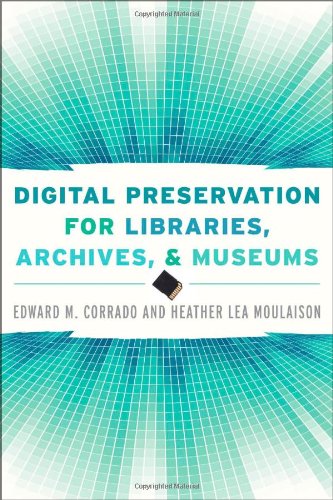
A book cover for Digital Preservation for Libraries, Archives, and Museums; Edward M. Corrado; Business & Money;